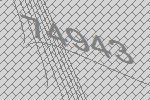
74943